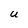
Character: U